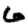
Digit: 6